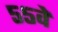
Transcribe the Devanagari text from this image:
५५वें